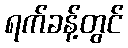
ရက်ခန့်တွင်